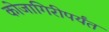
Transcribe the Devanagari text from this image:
कोजागिरीपर्यंत